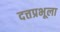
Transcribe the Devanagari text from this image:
दत्तप्रभूला